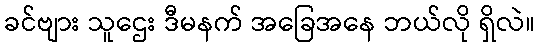
ခင်ဗျား သူဌေး ဒီမနက် အခြေအနေ ဘယ်လို ရှိလဲ။